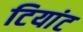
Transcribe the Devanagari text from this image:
टियांट